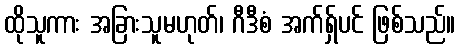
ထိုသူကား အခြားသူမဟုတ်၊ ဂီဒီစံ အက်ရှ်ပင် ဖြစ်သည်။